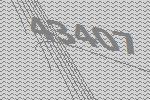
43407